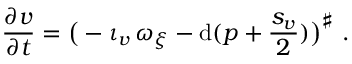
\frac { \partial v } { \partial t } = \big ( - \iota _ { v } \, \omega _ { \xi } - \mathrm { d } ( p + \frac { s _ { v } } { 2 } ) \big ) ^ { \sharp } \ .